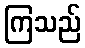
ကြသည်